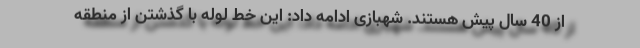
از 40 سال پیش هستند. شهبازی ادامه داد: این خط لوله با گذشتن از منطقه